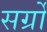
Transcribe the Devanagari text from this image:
सर्ग्रों